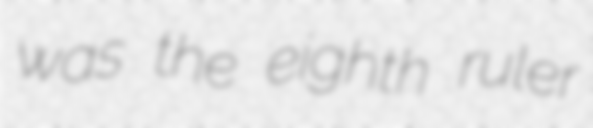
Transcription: was the eighth ruler